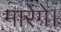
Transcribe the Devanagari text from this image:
मारेंगे।